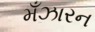
મઁઝારન